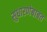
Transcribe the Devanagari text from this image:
सुधारणेबाबत